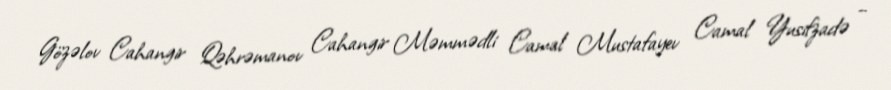
Gözəlov Cahangir Qəhrəmanov Cahangir Məmmədli Camal Mustafayev Camal Yusifzadə –